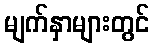
မျက်နှာများတွင်